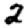
Digit: 2